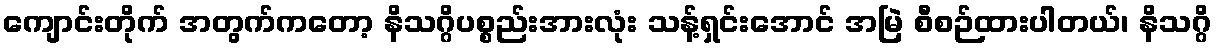
ကျောင်းတိုက် အတွက်ကတော့ နိသဂ္ဂိပစ္စည်းအားလုံး သန့်ရှင်းအောင် အမြဲ စီစဉ်ထားပါတယ်၊ နိသဂ္ဂိ